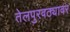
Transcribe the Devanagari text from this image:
तेलपुरवठ्यावर